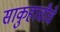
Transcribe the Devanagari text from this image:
साकुहाचीचे